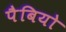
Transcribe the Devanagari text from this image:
पैबियो